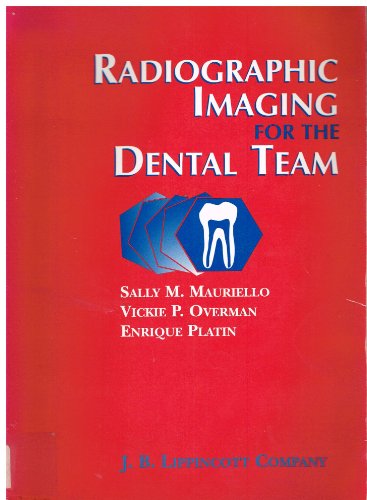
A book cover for Radiographic Imaging for the Dental Team; Sally M. Mauriello; Medical Books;